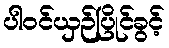
ပါဝင်ယှဉ်ပြိုင်ခွင့်